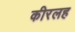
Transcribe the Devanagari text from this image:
कीरलह